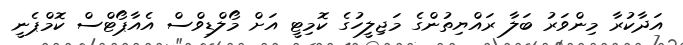
އަދާކުރާ މިންވަރު ބަލާ ރައްޔިތުންގެ މަޖިލީހުގެ ކޮމިޓީ އަށް މޯލްޑިވްސް އެއާޕޯޓްސް ކޮމްޕެނީ